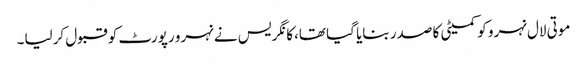
موتی لال نہرو کو کمیٹی کا صدر بنایا گیا تھا،کانگریس نے نہرو رپورٹ کو قبول کرلیا۔